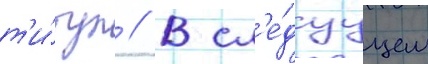
т'и́тул // В сл'е́дуущем